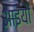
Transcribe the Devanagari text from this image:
आइयौ